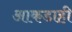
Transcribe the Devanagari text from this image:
आकडाही